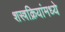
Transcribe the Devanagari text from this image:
शस्त्रक्रियांमध्ये